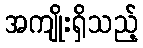
အကျိုးရှိသည့်